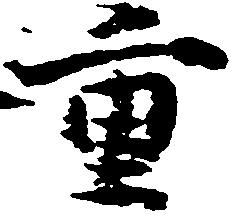
重